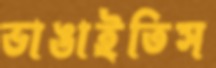
ভাঙাইতিস